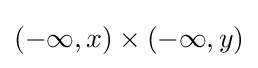
(-\infty ,x)\times (-\infty ,y)